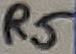
Text: R5